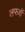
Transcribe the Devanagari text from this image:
लफ्ज़ों